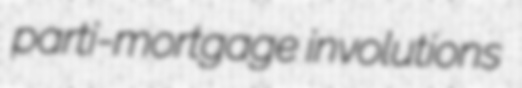
parti-mortgage involutions